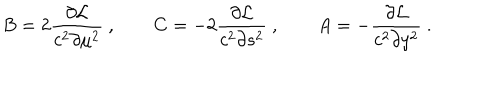
B = 2 { \frac { \partial { \cal L } } { c ^ { 2 } \partial \mu ^ { 2 } } } \ , \qquad C = - 2 { \frac { \partial { \cal L } } { c ^ { 2 } \partial s ^ { 2 } } } \ , \qquad A = - { \frac { \partial { \cal L } } { c ^ { 2 } \partial y ^ { 2 } } } \ .